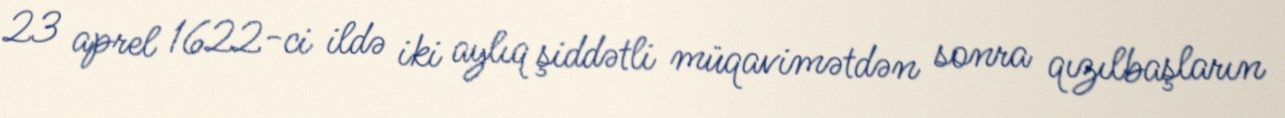
23 aprel 1622-ci ildə iki aylıq şiddətli müqavimətdən sonra qızılbaşların